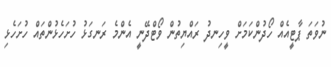
ނުވަތަ ޕާޓީއެއް ހޯދުންކަމަށް ވީހިނދު ރައްޔިތުން ވޯޓްދޭނީ އެންމެ ރަނގަޅު ހުށަހެޅުންތައް ހުށަހެޅި